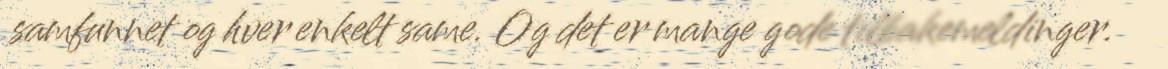
samfunnet og hver enkelt same. Og det er mange gode tilbakemeldinger.